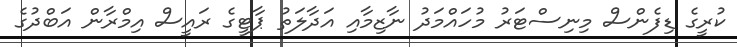
ކުރީގެ ޑިފެންސް މިނިސްޓަރު މުހައްމަދު ނާޒިމާއި އަދާލަތު ޕާޓީގެ ރައީސް އިމްރާން އަބްދުގެ